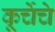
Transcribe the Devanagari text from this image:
कूर्चेचे